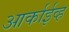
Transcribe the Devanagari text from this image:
आर्काईव्ह